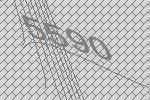
5590